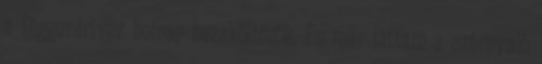
a Diggerdriver holnap hazaköltözök. Én már láttam a szárnyaló